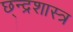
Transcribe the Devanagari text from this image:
छ्न्द्रशास्त्र